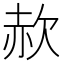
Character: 赥